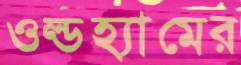
ওল্ডহ্যামের